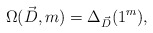
\begin{align*}\Omega(\vec{D},m)=\Delta_{\vec{D}}(1^m),\end{align*}